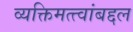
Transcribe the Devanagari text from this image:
व्यक्तिमत्त्वांबद्दल